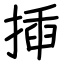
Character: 揷